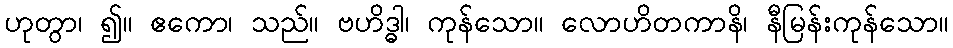
ဟုတွာ၊ ၍။ ဧကော၊ သည်။ ဗဟိဒ္ဓါ၊ ကုန်သော။ လောဟိတကာနိ၊ နီမြန်းကုန်သော။